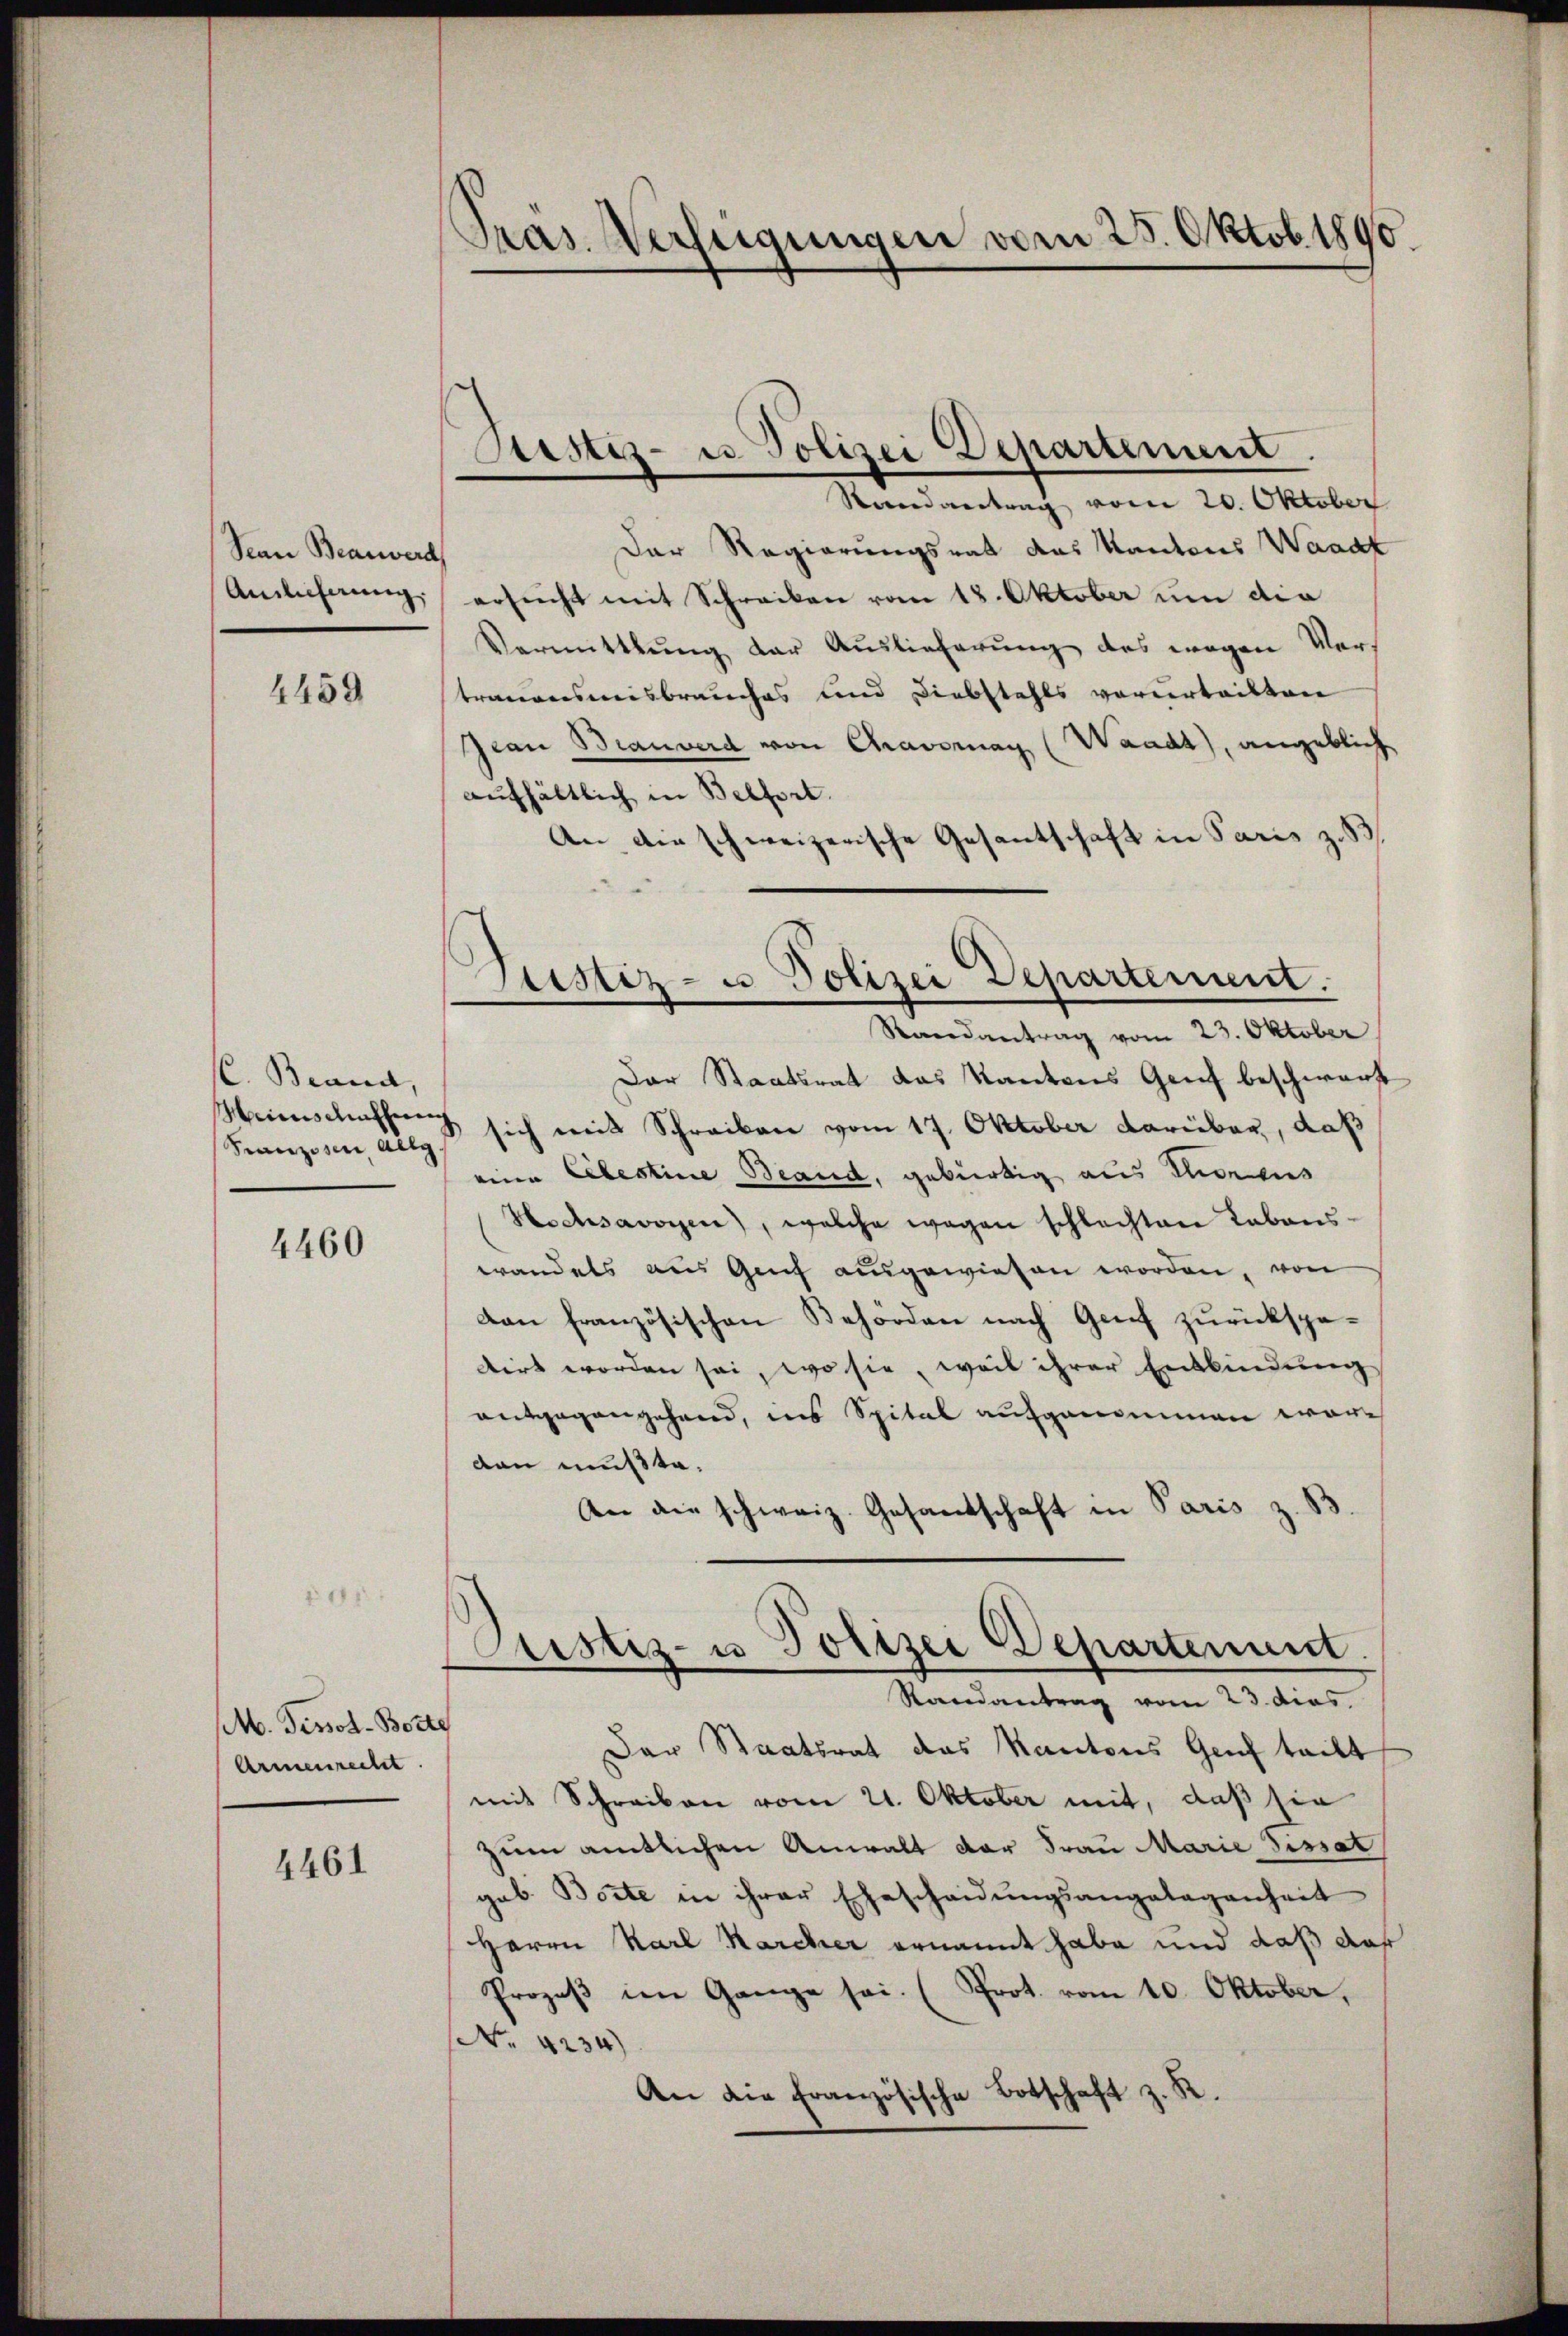
Sean Beanwerd
Anlicherung.

4459

C. Brand,
Franzosen, allg.

4460

M. Pissot-Bocte
Armenrecht.

4461

Pras. Verfügungen vom 25. Oktob. 1890.

Randantrag vom 20. Oktober
Der Regierungsrat das Kantons Waadt
ersucht mit Schreiben vom 18. Oktober um die
Vermittlung der Auslieferung des wegen Vers
trauensmisbrauches und Diebstahls verurteilten
Jean Bianverd von Chravoran (Waadt), angeblich
aufhältlich in Belfort.
An die schweizerische Gesantschaft in Paris z. B.
Der Staatsrat das Kantons Genf beschwart
Weinschaffung sich mit Schreiben vom 17. Oktober darüber, daß
eine Celestine Beaud, gebürtig aus Thorens
Hschsavoyen, welche wegen schlechten Labons-
wandels aus Genf ausgewiesen worden, von
von Französischen Behörden nach Genf zurückspedirt worden sei, wo sie, weil ihrer Entbindung
antgegangehend, ins Spital aufgenommen wäre
dan mußte.
An die schweiz. Gesandschaft in Paris z. B.
Justiz- u Polizei Departenum.
Randantrag vom 23. dies
Der Staatsrat das Kantons Genf teilt
mit Schreiben vom 21. Oktober mit, daß sie
zum amtlichen Anwalt der Frau Marie Sissat
gab. Borte in ihrer Ehescheidungsangelegenheit
Herrn Karl Karcher ernannt habe und daß das
Prozeß im Gange sei. (Prot. vom 10. Oktober,
No. 4234)
An die Französische Botschaft z. R.

Justiz- u. Polizei Departement.

Justiz- u. Polizei Departement.
Randantrag vom 23. Oktober